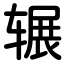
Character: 辗